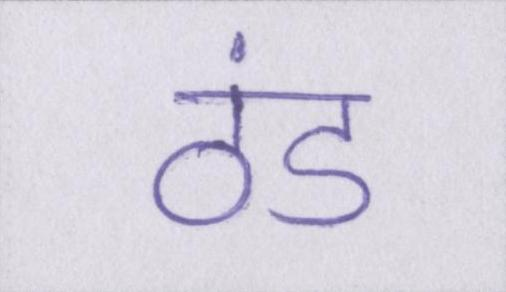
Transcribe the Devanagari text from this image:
ठंड